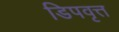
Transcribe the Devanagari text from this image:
डिपवृत्त